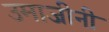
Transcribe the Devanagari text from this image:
उमाजीनी